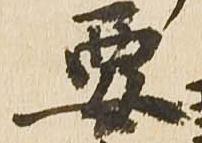
要